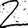
Digit: 2